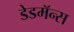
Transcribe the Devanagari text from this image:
डेडमॅन्स